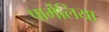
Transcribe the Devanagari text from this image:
पार्मेलिया